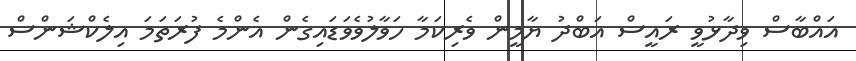
އައްބާސް ވިދާޅުވީ ރައީސް އަބްދު ޔާމީން ވެރިކަމާ ހަވާލުވެވަޑައިގެން އެންމެ ފުރަތަމަ އިލެކްޝަންސް